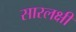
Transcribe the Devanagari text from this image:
सारलक्षी